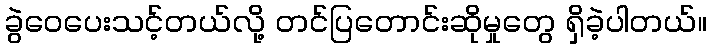
ခွဲဝေပေးသင့်တယ်လို့ တင်ပြတောင်းဆိုမှုတွေ ရှိခဲ့ပါတယ်။